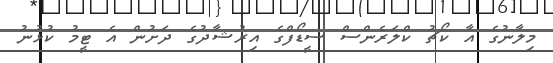
މިލާނުގެ އާ ކޯޗު ކްލަރެންސް ސީޑޯފްގެ އިރުޝާދުގެ ދަށުން އެ ޓީމު ކުޅުނު